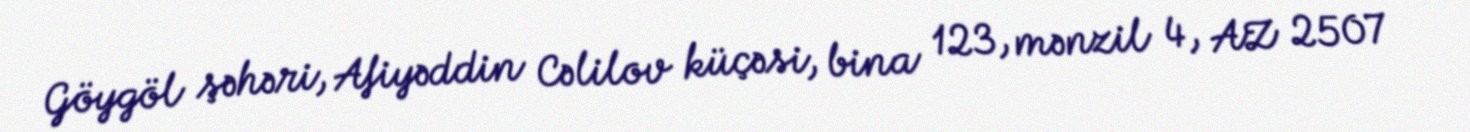
Göygöl şəhəri, Afiyəddin Cəlilov küçəsi, bina 123, mənzil 4, AZ 2507